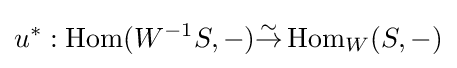
u^{*}:\operatorname {Hom} (W^{-1}S,-){\overset {\sim }{\to }}\operatorname {Hom} _{W}(S,-)